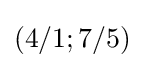
(4/1;7/5)